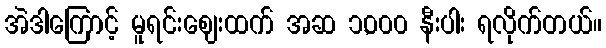
အဲဒါကြောင့် မူရင်းဈေးထက် အဆ ၁,၀၀၀ နီးပါး ရလိုက်တယ်။